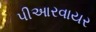
પીઆરવાયર